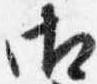
御